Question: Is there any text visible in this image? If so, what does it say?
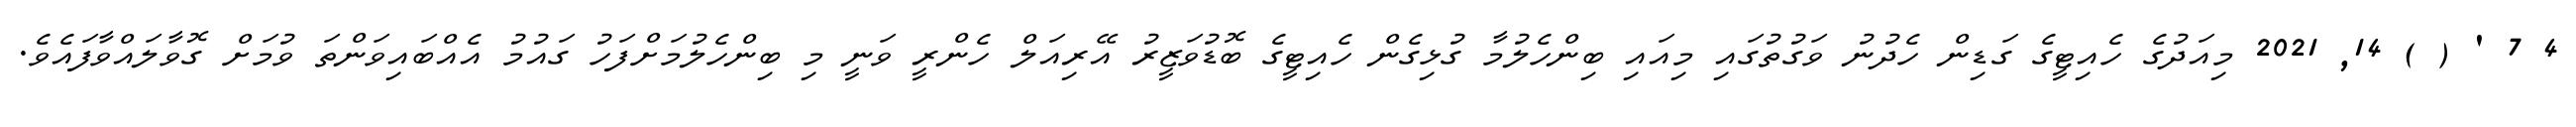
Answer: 4 7 ' ( ) 14, 2021 މިއަދުގެ ހެއިޓީގެ ގަޑިން ހެދުނު ވަގުތުގައި މިއައި ބިންހެލުމާ ގުޅިގެން ހެއިޓީގެ ބޮޑުވަޒީރު އޭރިއަލް ހެންރީ ވަނީ މި ބިންހެލުމަށްފަހު ގައުމު އެއްބައިވަންތަ ވުމަށް ގޮވާލައްވާފައެވެ.